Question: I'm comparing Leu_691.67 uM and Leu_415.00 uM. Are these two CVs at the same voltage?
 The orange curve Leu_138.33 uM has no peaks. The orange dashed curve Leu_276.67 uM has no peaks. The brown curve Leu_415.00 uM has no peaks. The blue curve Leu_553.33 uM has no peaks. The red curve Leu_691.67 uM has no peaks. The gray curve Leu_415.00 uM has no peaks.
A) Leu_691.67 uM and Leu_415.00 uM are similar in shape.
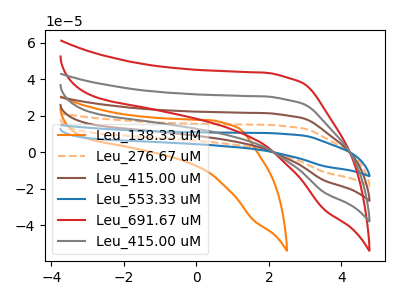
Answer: <think>Neither "Leu_691.67 uM" or "Leu_415.00 uM" have any peaks.
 </think>
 <answer>A) "Leu_691.67 uM" and "Leu_415.00 uM" are similar in shape.</answer>
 <eval>A</eval>